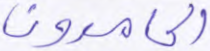
الحامدون